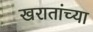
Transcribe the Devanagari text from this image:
खरातांच्या